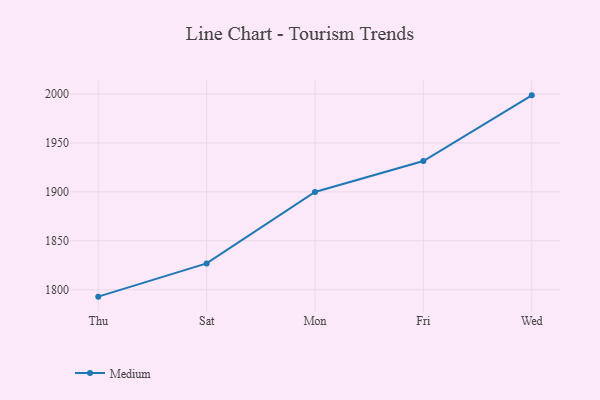
{"axis": {"x": "Day", "y": "Headcount"}, "legend": ["Medium"], "data": [{"x": "Thu", "y": 1792.9, "type": "Medium"}, {"x": "Sat", "y": 1826.9, "type": "Medium"}, {"x": "Mon", "y": 1899.9, "type": "Medium"}, {"x": "Fri", "y": 1931.5, "type": "Medium"}, {"x": "Wed", "y": 1998.6, "type": "Medium"}]}